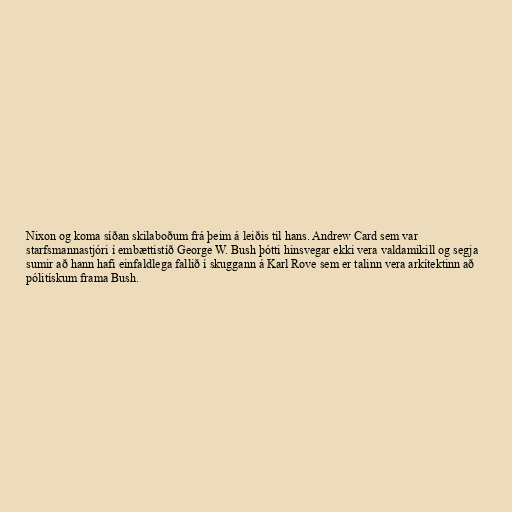
Nixon og koma síðan skilaboðum frá þeim á leiðis til hans. Andrew Card sem var
starfsmannastjóri í embættistíð George W. Bush þótti hinsvegar ekki vera valdamikill og segja
sumir að hann hafi einfaldlega fallið í skuggann á Karl Rove sem er talinn vera arkítektinn að
pólitískum frama Bush.